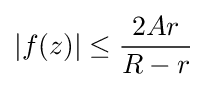
|f(z)|\leq {\frac {2Ar}{R-r}}